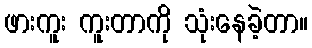
ဖားကူး ကူးတာကို သုံးနေခဲ့တာ။